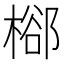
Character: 㮝